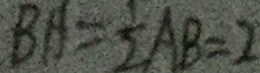
B A = \frac { 1 } { 2 } A B = 2